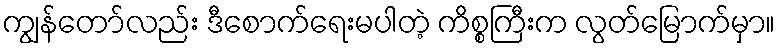
ကျွန်တော်လည်း ဒီစောက်ရေးမပါတဲ့ ကိစ္စကြီးက လွတ်မြောက်မှာ။